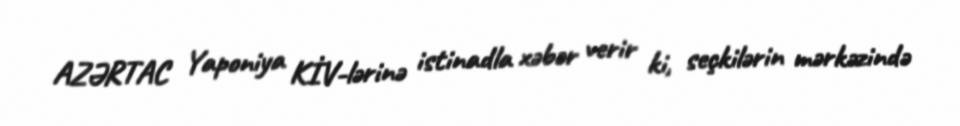
AZƏRTAC Yaponiya KİV-lərinə istinadla xəbər verir ki, seçkilərin mərkəzində